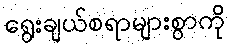
ရွေးချယ်စရာများစွာကို